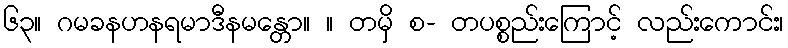
၆၃။ ဂမခနဟနရမာဒီနမန္တော။ ။ တမှိ စ- တပစ္စည်းကြောင့် လည်းကောင်း၊